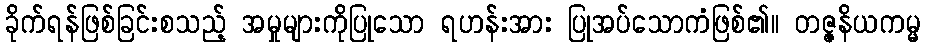
ခိုက်ရန်ဖြစ်ခြင်းစသည့် အမှုများကိုပြုသော ရဟန်းအား ပြုအပ်သောကံဖြစ်၏။ တဇ္ဇနိယကမ္မ